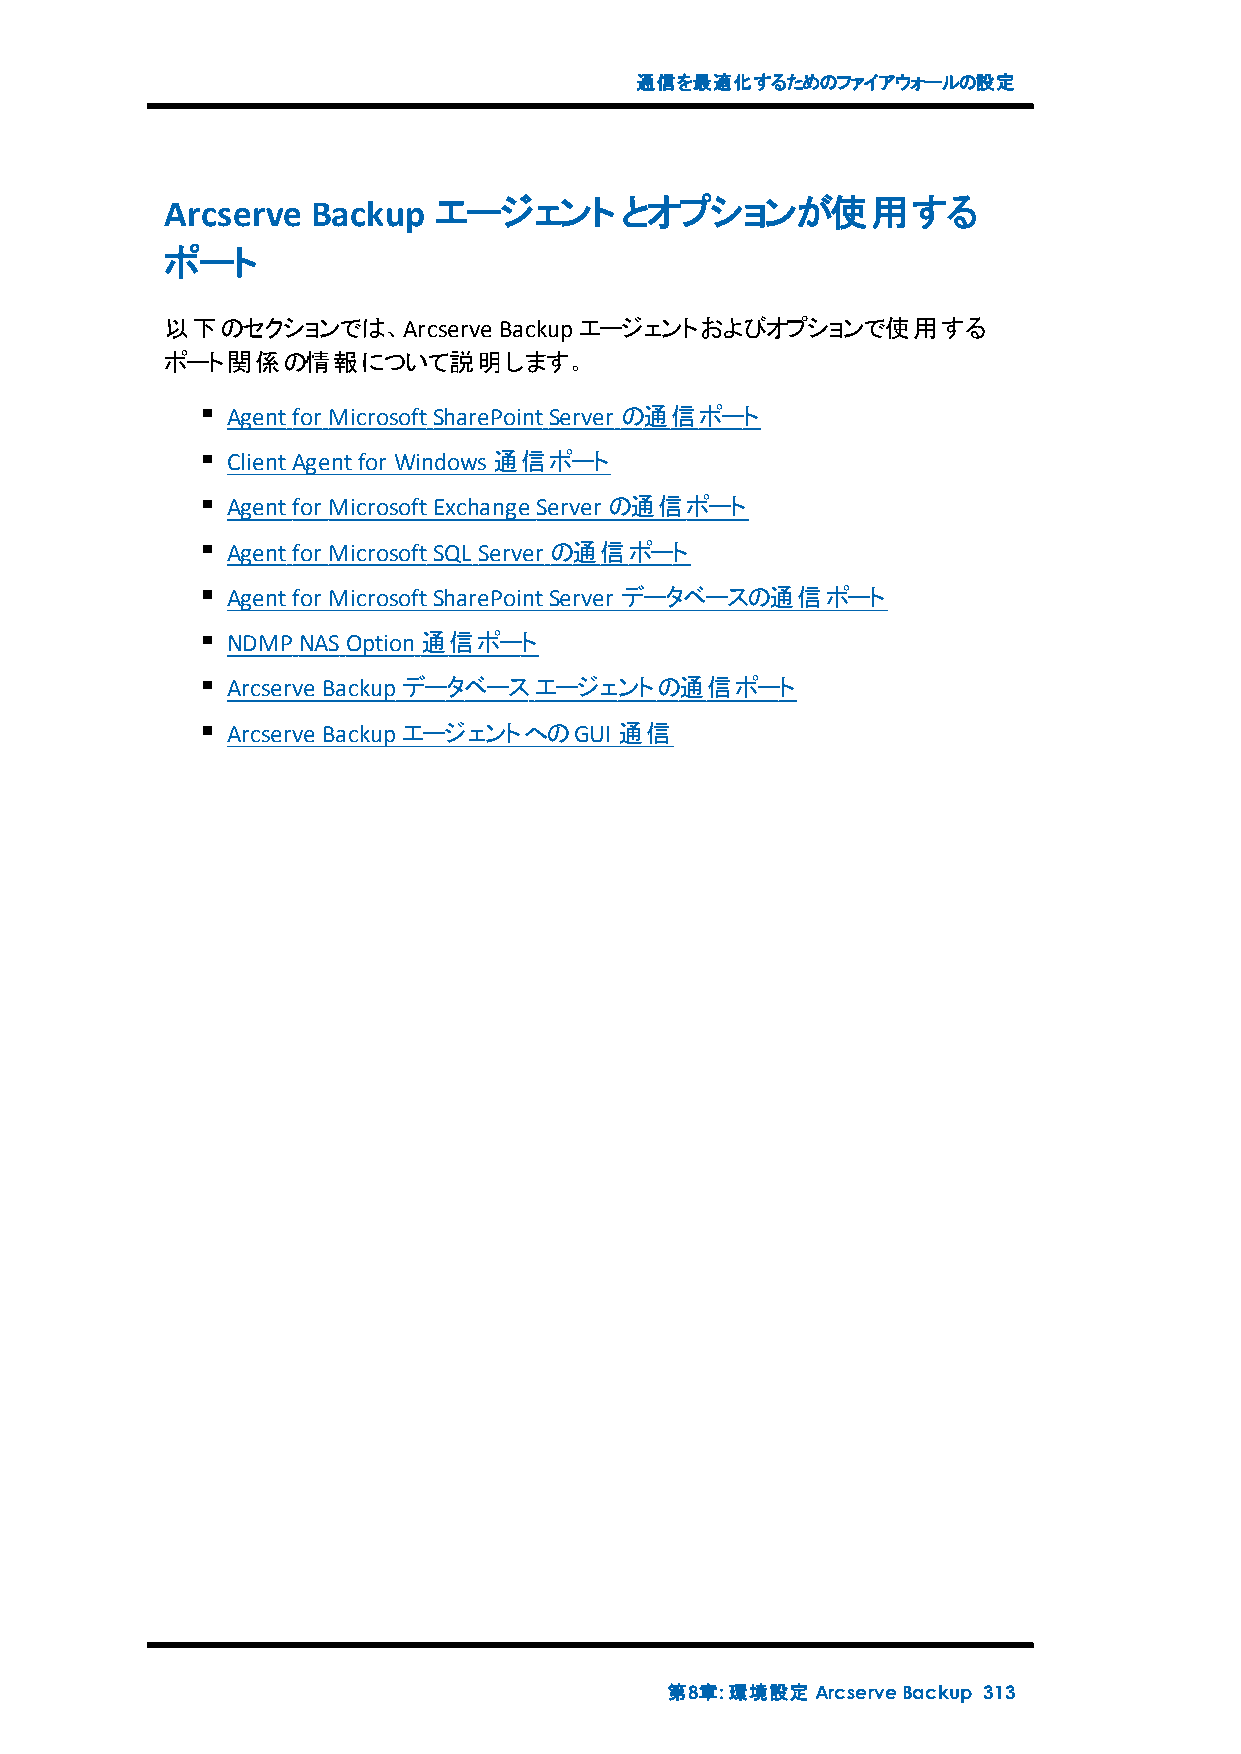
通信を最適化するためのファイアウォールの設定
 Arcserve  Backup  エージェントとオプションが使用する
 ポート
 以下のセクションでは、Arcserve   Backupエージェントおよびオプションで使用する
 ポート関係の情報について説明します。
 Agentfor MicrosoftSharePointServer の通信ポート
 ClientAgentfor Windows通信ポート
 Agentfor MicrosoftExchange Server の通信ポート
 Agentfor MicrosoftSQL Server の通信ポート
 Agentfor MicrosoftSharePointServer データベースの通信ポート
 NDMPNASOption通信ポート
 Arcserve Backupデータベースエージェントの通信ポート
 Arcserve BackupエージェントへのGUI通信
 第8章:環境設定ArcserveBackup 313